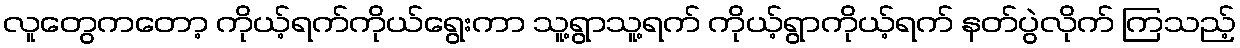
လူတွေကတော့ ကိုယ့်ရက်ကိုယ်ရွေးကာ သူ့ရွာသူ့ရက် ကိုယ့်ရွာကိုယ့်ရက် နတ်ပွဲလိုက် ကြသည့်